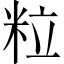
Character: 粒